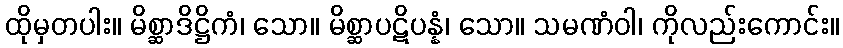
ထိုမှတပါး။ မိစ္ဆာဒိဋ္ဌိကံ၊ သော။ မိစ္ဆာပဋိပန္နံ၊ သော။ သမဏံဝါ၊ ကိုလည်းကောင်း။